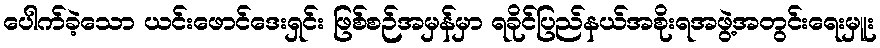
ပေါက်ခဲ့သော ယင်းဖောင်ဒေးရှင်း ဖြစ်စဉ်အမှန်မှာ ရခိုင်ပြည်နယ်အစိုးရအဖွဲ့အတွင်းရေးမှူး